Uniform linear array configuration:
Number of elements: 16
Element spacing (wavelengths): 0.25
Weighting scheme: cosine
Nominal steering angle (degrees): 30
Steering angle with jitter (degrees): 28.556
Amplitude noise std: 0.05
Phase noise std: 0.05

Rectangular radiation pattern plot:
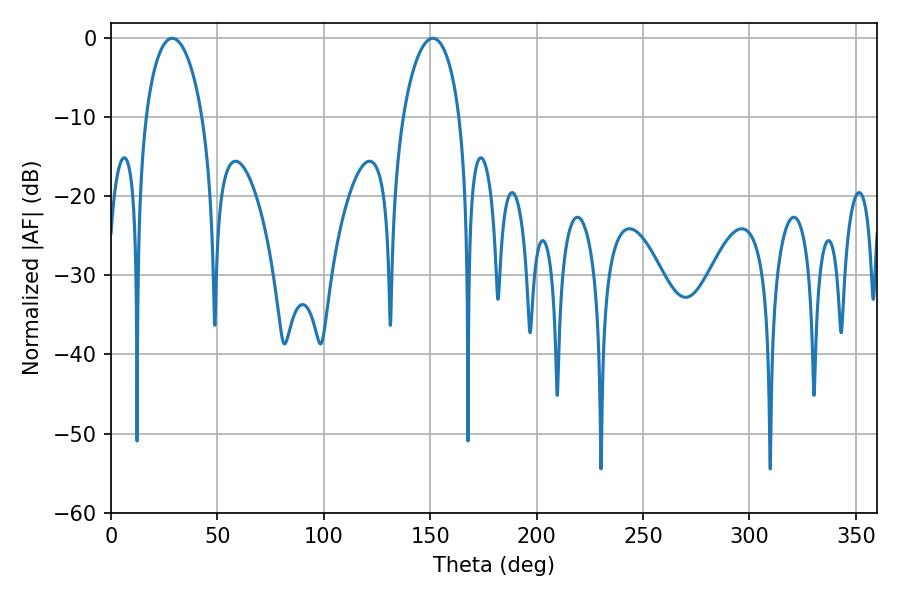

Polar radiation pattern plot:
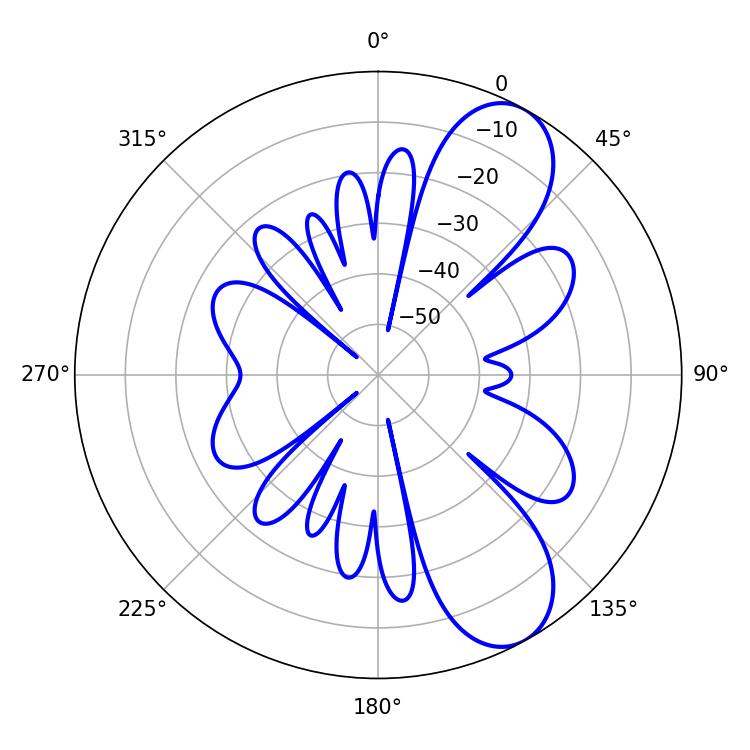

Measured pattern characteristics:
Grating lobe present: FALSE
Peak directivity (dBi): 8.595
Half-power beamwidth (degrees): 15.3
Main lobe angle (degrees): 28.8